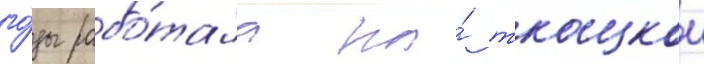
го́ды рабо́тала на́ ткацкои